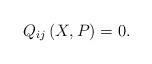
LaTeX: \begin{align*}Q_{ij}\left( X,P\right) =0. \end{align*}